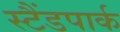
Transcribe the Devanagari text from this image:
स्टैंडपार्क